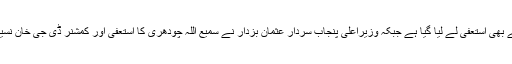
دوسری جانب گندم بحران پر پنجاب کے وزیر خوراک سمیع اللہ چودھری سے بھی استعفیٰ لے لیا گیا ہے جبکہ وزیراعلیٰ پنجاب سردار عثمان بزدار نے سمیع اللہ چودھری کا استعفیٰ اور کمشنر ڈی جی خان نسیم صادق کی انکے منصب سے علیحدہ کرنے کی درخواست منظور کرلی ہے۔